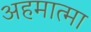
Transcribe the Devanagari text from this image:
अहमात्मा